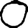
Digit: 0